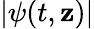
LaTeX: |\psi(t,\mathbf{z})|